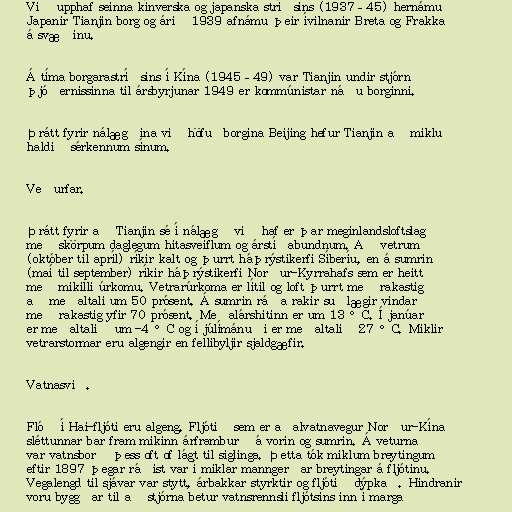
Við upphaf seinna kínverska og japanska stríðsins (1937–45) hernámu
Japanir Tianjin borg og árið 1939 afnámu þeir ívilnanir Breta og Frakka
á svæðinu.

Á tíma borgarastríðsins í Kína (1945–49) var Tianjin undir stjórn
þjóðernissinna til ársbyrjunar 1949 er kommúnistar náðu borginni.

Þrátt fyrir nálægðina við höfuðborgina Beijing hefur Tianjin að miklu
haldið sérkennum sínum.

Veðurfar.

Þrátt fyrir að Tianjin sé í nálægð við haf er þar meginlandsloftslag
með skörpum daglegum hitasveiflum og árstíðabundnum. Að vetrum
(október til apríl) ríkir kalt og þurrt háþrýstikerfi Síberíu, en á sumrin
(maí til september) ríkir háþrýstikerfi Norður-Kyrrahafs sem er heitt
með mikilli úrkomu. Vetrarúrkoma er lítil og loft þurrt með rakastig
að meðaltali um 50 prósent. Á sumrin ráða rakir suðlægir vindar
með rakastig yfir 70 prósent. Meðalárshitinn er um 13 °C. Í janúar
er meðaltalið um -4 °C og í júlímánuði er meðaltalið 27 °C. Miklir
vetrarstormar eru algengir en fellibyljir sjaldgæfir.

Vatnasvið.

Flóð í Hai-fljóti eru algeng. Fljótið sem er aðalvatnavegur Norður-Kína
sléttunnar bar fram mikinn árframburð á vorin og sumrin. Á veturna
var vatnsborð þess oft of lágt til siglinga. Þetta tók miklum breytingum
eftir 1897 þegar ráðist var í miklar manngerðar breytingar á fljótinu.
Vegalengd til sjávar var stytt, árbakkar styrktir og fljótið dýpkað. Hindranir
voru byggðar til að stjórna betur vatnsrennsli fljótsins inn í marga